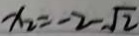
x _ { 2 } = - 2 - \sqrt { 2 }